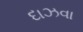
દાઝવા